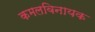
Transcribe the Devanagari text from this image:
कमलविनायक